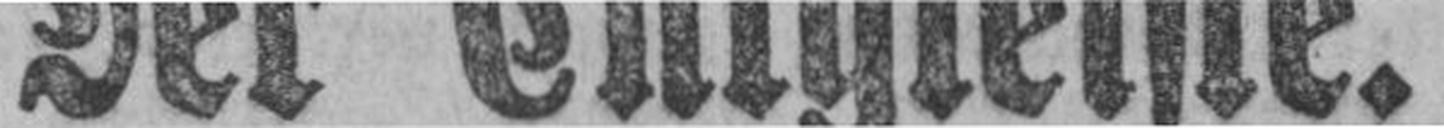
Der Entgleiste.